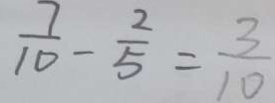
\frac { 7 } { 1 0 } - \frac { 2 } { 5 } = \frac { 3 } { 1 0 }